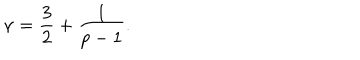
\nu = \frac { 3 } { 2 } + \frac { 1 } { p - 1 } .